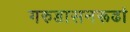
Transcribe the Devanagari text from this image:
गरुडासनरूढां